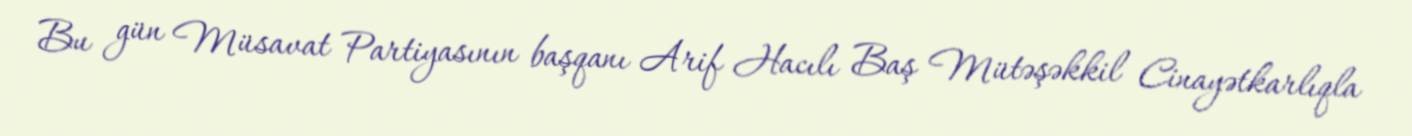
Bu gün Müsavat Partiyasının başqanı Arif Hacılı Baş Mütəşəkkil Cinayətkarlıqla